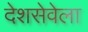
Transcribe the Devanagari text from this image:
देशसेवेला